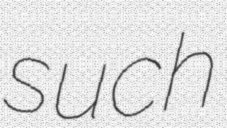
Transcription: such